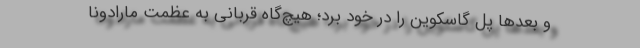
و بعدها پل گاسکوین را در خود برد؛ هیچ‌گاه قربانی به عظمت مارادونا